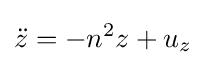
{\ddot {z}}=-n^{2}z+u_{z}